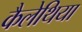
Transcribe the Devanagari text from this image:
कैलेथिया